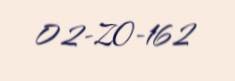
02-ZO-162